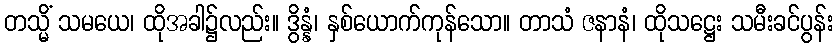
တသ္မိံ သမယေ၊ ထိုအခါ၌လည်း။ ဒွိန္နံ၊ နှစ်ယောက်ကုန်သော။ တာသံ ဇနာနံ၊ ထိုသဋ္ဌေး သမီးခင်ပွန်း